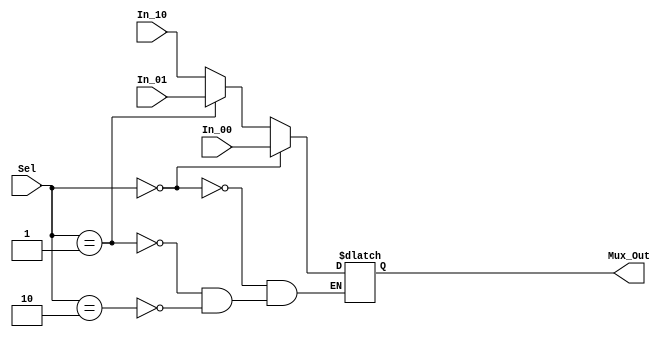
`timescale 1ns / 1ps

module ForwardBEMux(
    input [1:0] Sel,
    input [31:0] In_00,
    input [31:0] In_01,
    input [31:0] In_10,
    output reg [31:0] Mux_Out
    );
    
    always@(*) begin
        if (Sel == 2'b00) begin
            Mux_Out <= In_00;
        end
        else if (Sel == 2'b01) begin
            Mux_Out <= In_01;
        end
        else if (Sel == 2'b10) begin
            Mux_Out <= In_10;
        end
    end
endmodule